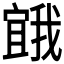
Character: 𭔒